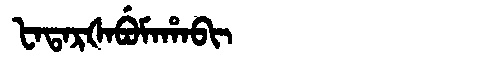
Manchu: ᡶᠠᡨᠠᡵᡧᠠᠪᡠᠮᠠᡥᠠᠪᡳ
Romanization: FATARŠABUMAHABI